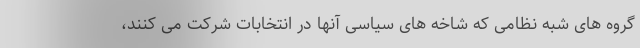
گروه های شبه نظامی که شاخه های سیاسی آنها در انتخابات شرکت می کنند،